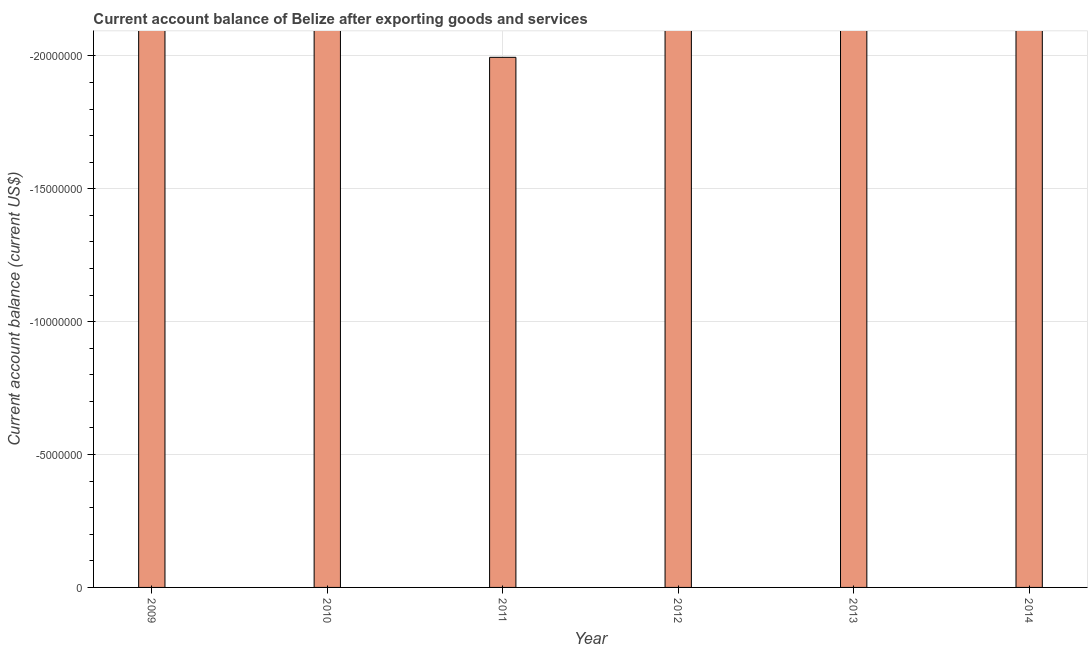
| Year | Current account balance |
 | --- | --- |
 | 2009 | -8.28e+07 |
 | 2010 | -4.57e+07 |
 | 2011 | -1.99e+07 |
 | 2012 | -3.31e+07 |
 | 2013 | -7.26e+07 |
 | 2014 | -1.36e+08 |